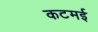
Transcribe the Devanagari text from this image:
कटमई